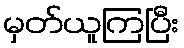
မှတ်ယူကြပြီး